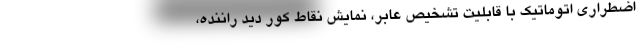
اضطراری اتوماتیک با قابلیت تشخیص عابر، نمایش نقاط کور دید راننده،